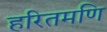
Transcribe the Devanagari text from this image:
हरितमणि